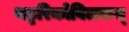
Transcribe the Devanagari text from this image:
थट्टरिकोविलकम्